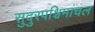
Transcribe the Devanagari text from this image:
सुदुरपश्चिमांचल